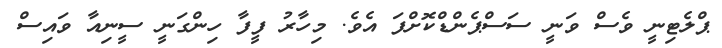
ޕްލެޓިނީ ވެސް ވަނީ ސަސްޕެންޑްކޮށްފަ އެވެ. މިހާރު ފީފާ ހިންގަނީ ސީނިއާ ވައިސް